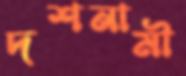
দশনামী